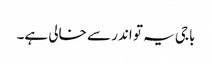
باجی یہ تو اندر سے خالی ہے۔